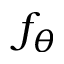
f _ { \theta }